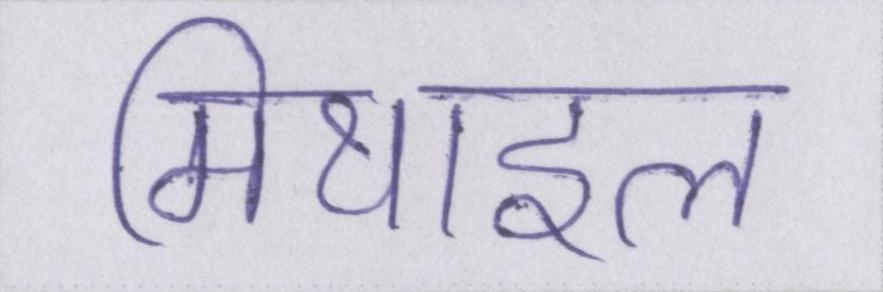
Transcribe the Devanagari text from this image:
मिथाइल